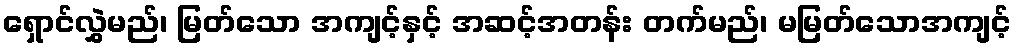
ရှောင်လွှဲမည်၊ မြတ်သော အကျင့်နှင့် အဆင့်အတန်း တက်မည်၊ မမြတ်သောအကျင့်